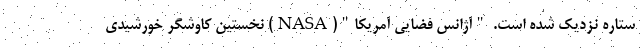
ستاره نزدیک شده است. "آژانس فضایی آمریکا"(NASA) نخستین کاوشگر خورشیدی